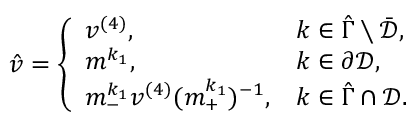
\begin{array} { r } { \hat { v } = \left\{ \begin{array} { l l } { v ^ { ( 4 ) } , } & { k \in \hat { \Gamma } \setminus \bar { \mathcal { D } } , } \\ { m ^ { k _ { 1 } } , } & { k \in \partial \mathcal { D } , } \\ { m _ { - } ^ { k _ { 1 } } v ^ { ( 4 ) } ( m _ { + } ^ { k _ { 1 } } ) ^ { - 1 } , } & { k \in \hat { \Gamma } \cap \mathcal { D } . } \end{array} \right. } \end{array}